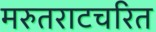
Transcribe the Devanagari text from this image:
मरुतराटचरित